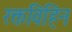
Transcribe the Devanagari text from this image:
रक्तविहिन